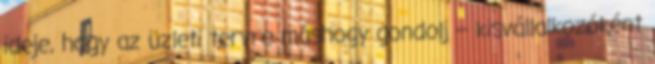
ideje, hogy az üzleti tervre máshogy gondolj – kisvállalkozóként